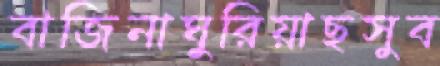
বাজিনাঘুরিয়াছসুব